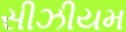
સીઝીયમ